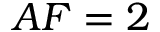
A F = 2